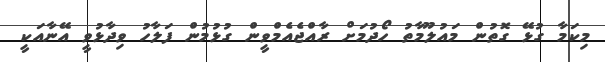
މިކަމާ ގުޅޭ ގޮތުން މައުލޫމާތު ހޯދުމަށް ރާއްޖެއެމްވީން ގުޅުމުން ފަލާހު ވިދާޅުވީ އޭނާއަކީ